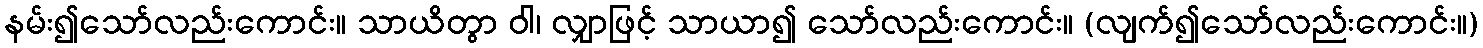
နမ်း၍သော်လည်းကောင်း။ သာယိတွာ ဝါ၊ လျှာဖြင့် သာယာ၍ သော်လည်းကောင်း။ (လျက်၍သော်လည်းကောင်း။)